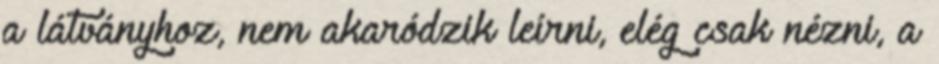
a látványhoz, nem akaródzik leírni, elég csak nézni, a